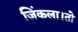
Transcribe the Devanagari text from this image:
जिंकला।तो